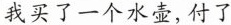
我买了一个水壶，付了